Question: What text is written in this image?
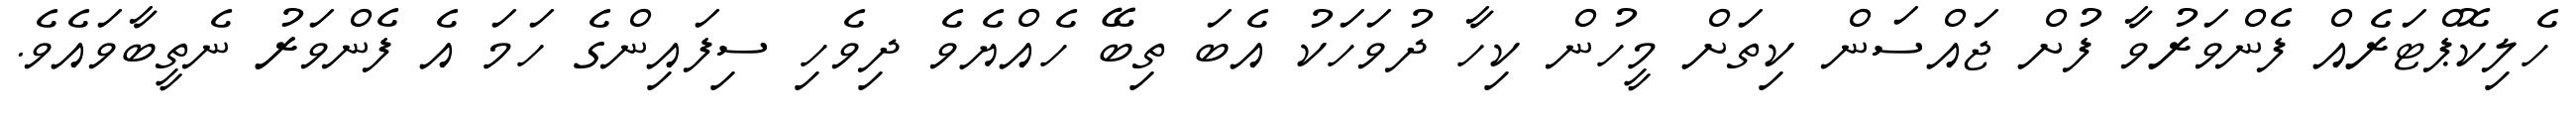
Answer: ހެލިކޮޕްޓަރެއް ފެންވަރުވާ ފުށް ޖައްސަން ކިތަށް މީހުން ކިހާ ދުވަހަކު އެބަ ތިބޭ ހެއްޔެވެ ދިވެހި ސިފައިންގެ ހަމަ އެ ފެންވަރު ނެތީބާވައެވެ.